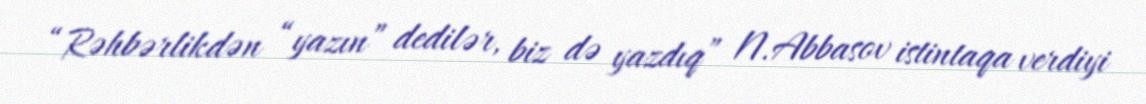
“Rəhbərlikdən “yazın” dedilər, biz də yazdıq” N.Abbasov istintaqa verdiyi